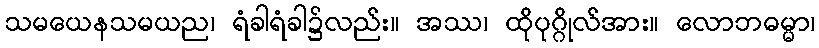
သမယေနသမယည၊ ရံခါရံခါ၌လည်း။ အဿ၊ ထိုပုဂ္ဂိုလ်အား။ လောဘဓမ္မာ၊